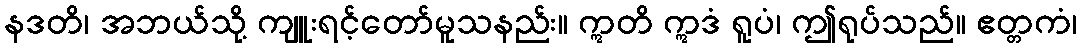
နဒတိ၊ အဘယ်သို့ ကျူးရင့်တော်မူသနည်း။ ဣတိ ဣဒံ ရူပံ၊ ဤရုပ်သည်။ ဧတ္တကံ၊